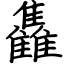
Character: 雥